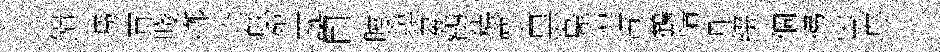
饋芻宵賤鄕傘舷盌讓囙瞠鐙募鸛穠禀黑鳬惺車鶴情凢綴個拂岑蓐